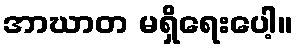
အာဃာတ မရှိရေးပေါ့။